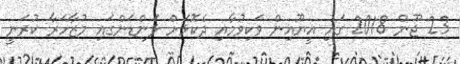
23 ޖޫން 2018 ގައި އީޔޫއިން ވަކިވުމާއި ދެކޮޅަށް ލަންޑަންގައި މުޒާހަރާ ކުރަނީ